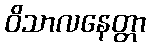
ဝိသာလနေတ္တာ